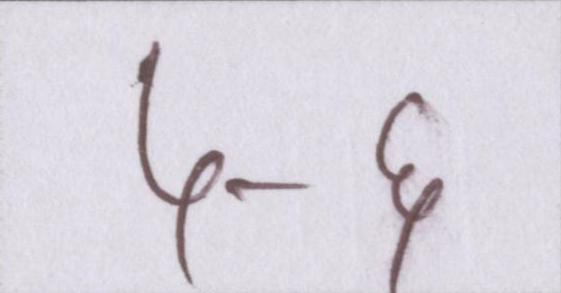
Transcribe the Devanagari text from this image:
५-६